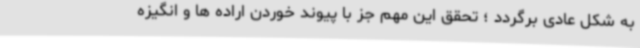
به شکل عادی برگردد ؛ تحقق این مهم جز با پیوند خوردن اراده ها و انگیزه